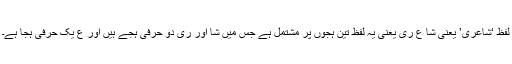
لفظ ‘شاعری’ یعنی شا عِ ری یعنی یہ لفظ تین ہجوں پر مشتمل ہے جس میں شا اور ری دو حرفی ہجے ہیں اور عِ یک حرفی ہجا ہے۔